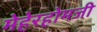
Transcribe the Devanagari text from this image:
मेहेरहोमजी